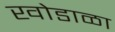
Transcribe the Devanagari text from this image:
खोडाळा